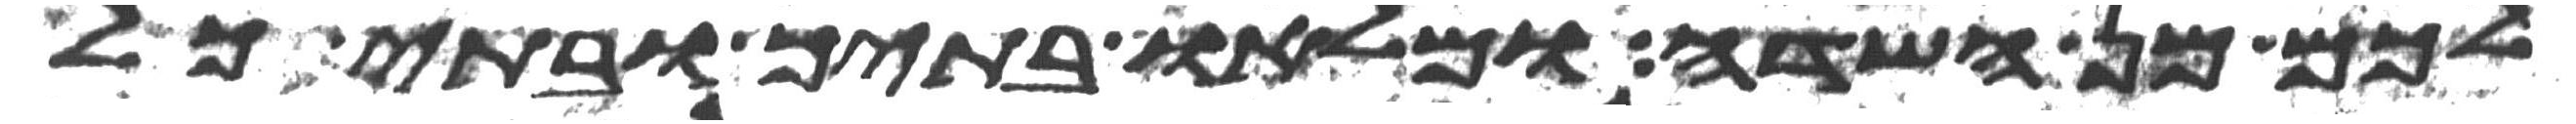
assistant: לכם מן השדה ומלאו בתיך ובתי כל